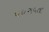
પધરાવતા